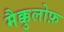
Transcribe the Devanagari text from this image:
मैक्कुलोफ़